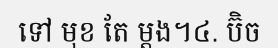
ទៅ មុខ តែ ម្តង។៤. ប៊ិច